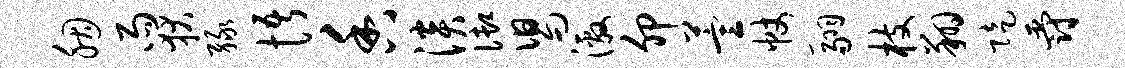
胭雨狄绿悟香淡御舄激卯萱帐翮枝翔陡爵